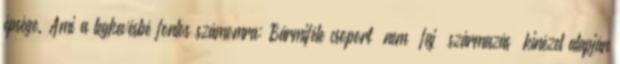
épsége. Ami a legkevésbé fontos számomra: Bármiféle csoport nem faj származás kinézet alapján